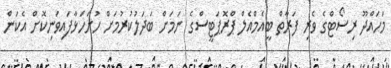
މަހައްދޫ ރިސޯޓްގެ ވެރި ފަރާތް ބީއެމްއެލް ޕްރޮޕަޓީސްގެ ނަމަށް ބަދަލުކުރުމަށް ހުށަހަޅާފައިވަނިކޮށް އެކަން